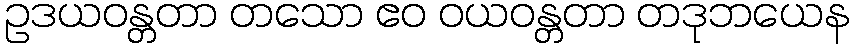
ဥဒယဝန္တတာ တသော ဧဝ ဝယဝန္တတာ တဒုဘယေန